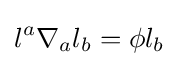
l^{a}\nabla _{a}l_{b}=\phi l_{b}